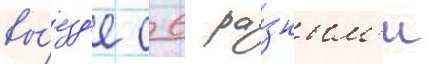
вы́езд'е с 6 ра́зным'и